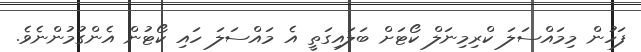
ފަހުން މިމައްސަލަ ކްރިމިނަލް ކޯޓަށް ބަލައިގަތީ އެ މައްސަލަ ހައި ކޯޓުން އެންގުމުންނެވެ.